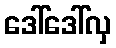
ဒေါ်ဒေါ်လှ